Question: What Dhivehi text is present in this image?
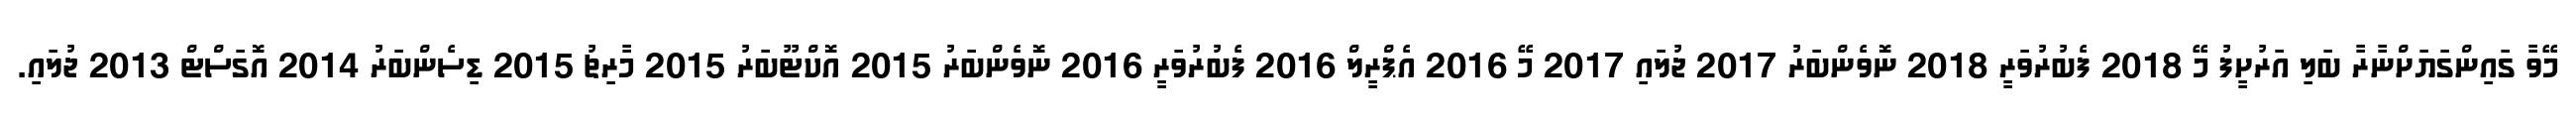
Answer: މޭވާ ގައިންގަޔަށްނާރާ ބަލި އަރުށީފު މޭ 2018 ފެބުރުވަރީ 2018 ނޮވެންބަރު 2017 ޖުލައި 2017 މޭ 2016 އެޕްރީލް 2016 ފެބުރުވަރީ 2016 ނޮވެންބަރު 2015 އޮކްޓޫބަރު 2015 މާރިޗު 2015 ޑިސެންބަރު 2014 އޮގަސްޓް 2013 ޖުލައި.